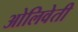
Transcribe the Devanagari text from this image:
ओलिवेती